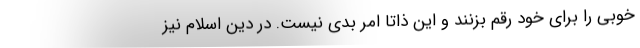
خوبی را برای خود رقم بزنند و این ذاتا امر بدی نیست. در دین اسلام نیز